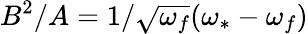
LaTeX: B^{2}/A=1/\sqrt{\omega_{f}}(\omega_{*}-\omega_{f})